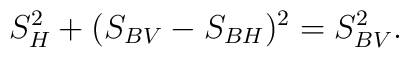
S^2_{H}+ (S_{BV}-S_{BH})^2=S_{BV}^2.